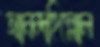
আনন্দহিল্লোল